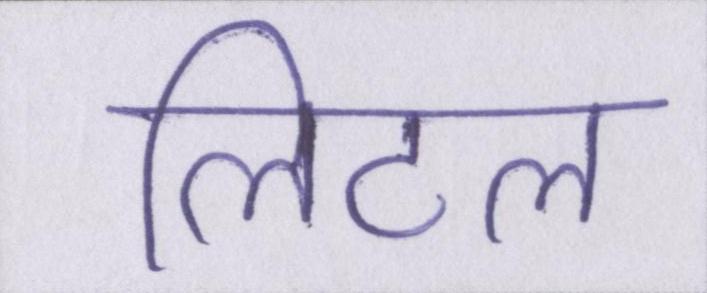
लिटल